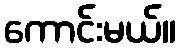
ကောင်းမယ်။